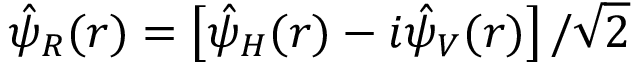
\hat { \psi } _ { R } ( \boldsymbol { r } ) = \left[ \hat { \psi } _ { H } ( \boldsymbol { r } ) - i \hat { \psi } _ { V } ( \boldsymbol { r } ) \right] / \sqrt { 2 }